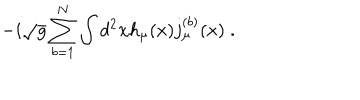
- i \sqrt { g } \sum _ { b = 1 } ^ { N } \int d ^ { 2 } x h _ { \mu } ( x ) j _ { \mu } ^ { ( b ) } ( x ) \; .